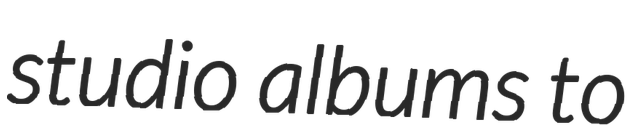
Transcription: studio albums to